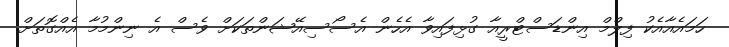
ހަމައެއާއެކު ފިލްމް އިންޑަސްޓްރީއާ ގުޅިފައިވާ އެހެން އެސޯސިއޭޝަންތަކަށް ވެސް އެ ނިންމުމާ އެއްގޮތަށް